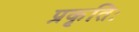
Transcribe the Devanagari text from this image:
प्रकृतिः